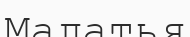
Малатья